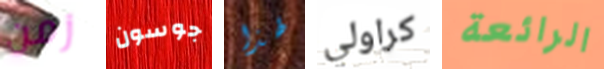
زمن جوسون لهذا كراولي الرائعة